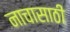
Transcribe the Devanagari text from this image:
नाचासाठी